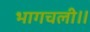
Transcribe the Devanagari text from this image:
भागचली॥